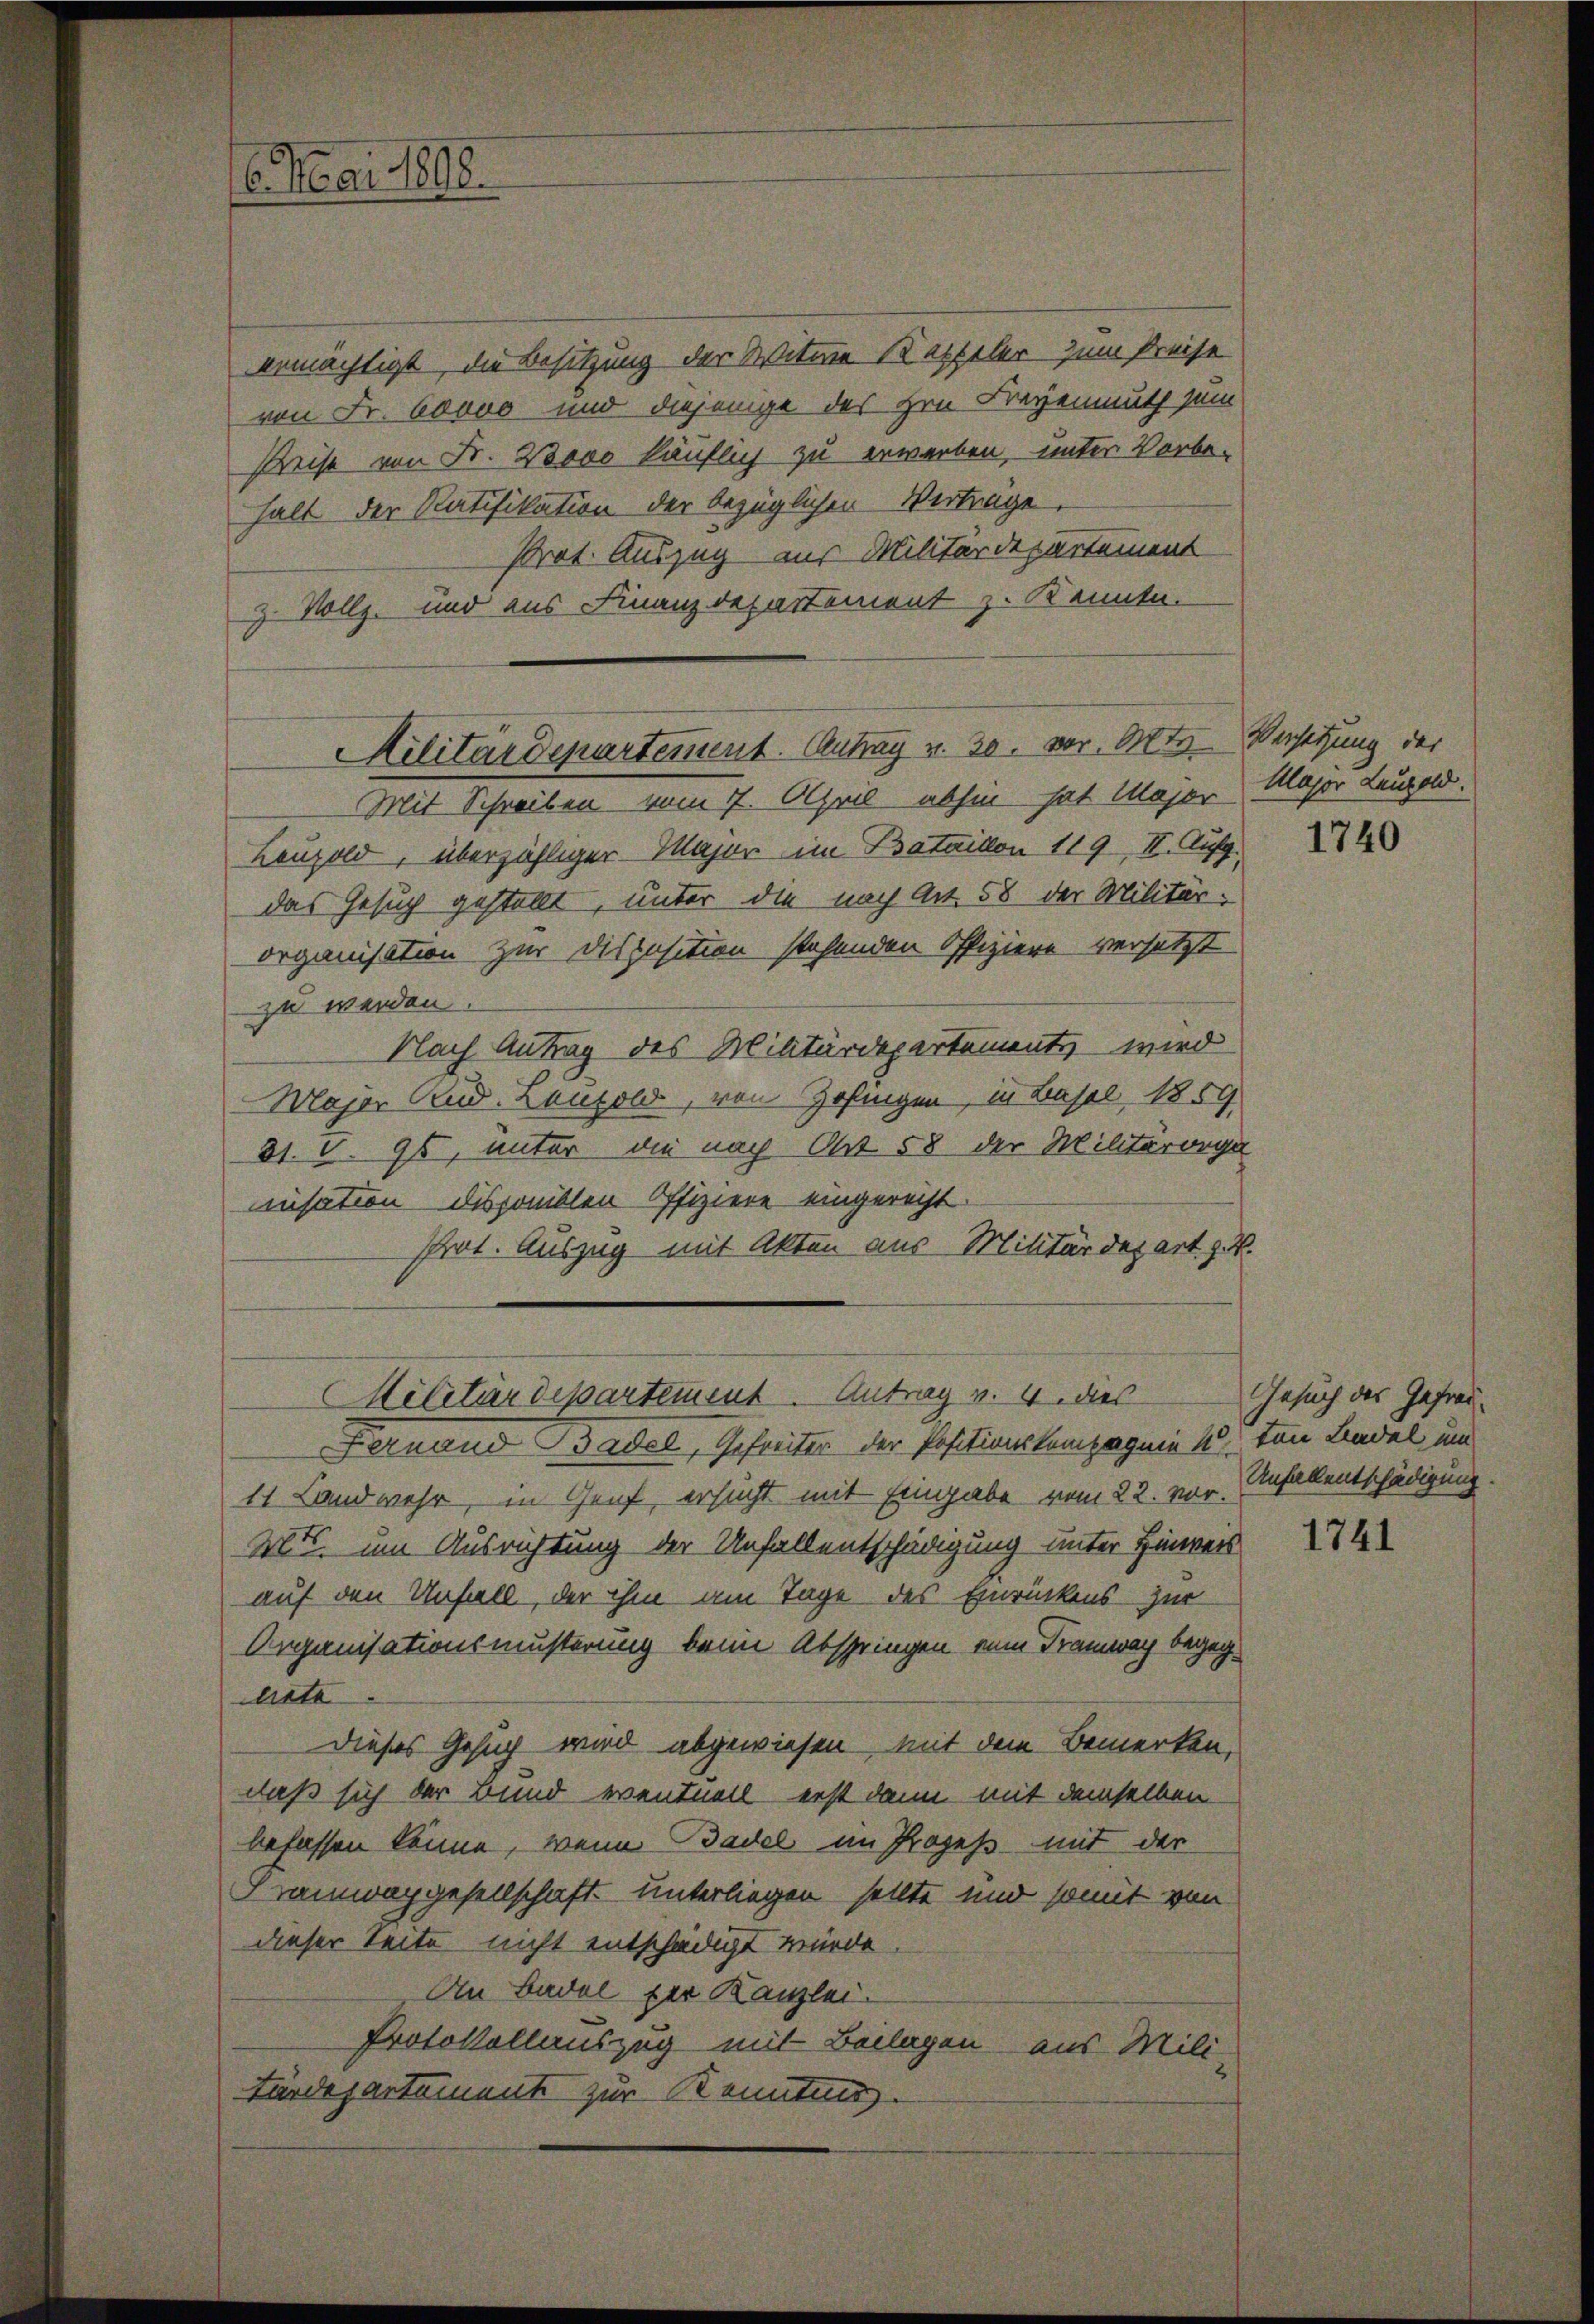
ermächtigt, die Besitzung der Witwe Kappeler zum Preise
von Fr. 60ovo und diejenige des Hrn. Freyenmuth zum
Preise von Fr. 2000 käuflich zu erwerben, unter Vorbe-
halt der Ratifikation der bezüglichen Verträge.
Prot. Auszug aus Militärdepartement
z. Vollz. und aus Finanzdepartement z. Kenntn

6. Mai 1818.

Militärdepartement. Antrag v. 30. vor. Otte

Mit Schreiben vom 7. April abhin hat Major
Leuzold, überzähliger Major im Bataison 119 II. Auf
das Gesuch gestellt, unter die nach Art. 58 der Militär-
organisation zur Disposition stehenden Offiziere versetzt
zu werden.
Nach Antrag des Militärdepartements wird
Major Rud. Lautold, von Zofingen, in Basel 1859
31. V. 95, unter die nach Art 58 der Militärorga
usation disponiblen Offiziere eingerecht.
Prot. Auszug mit Akten aus Militärdepart. z. B.
Fernand Basel, Gefreiter der Positionskompagnie 1 von Basel um
11 Landwehr, in Genf, ersucht mit Eingabe vom 22. vor.
Mts. um Ausrichtung der Unfallentschädigung unter Hinweis
auf den Unfall, der ihm am Tage des Einrückens zur
Organisationsmusterung beim Abspringen vom Tramway begeghete
Dieses Gesuch wird abgewiesen, mit dem Bemerken,
daß sich der Bund eventuell erst dann mit demselben
befassen könne, wenn Basel im Prozeß mit der
Frannapgesellschaft unterliegen sollte und somit von
dieser Seite nicht entschädigt werde
An Basel der Kanzlei.
Protokollauszug mit Beilagen aus Mili-
tärdepartemente zur Kenntnis.

Militärdepartement. Antrag v. 4. dies

Versetzung des
Major Laupold.

1740

Gesuch des Gefrau.
Unfallentschädigung

1741